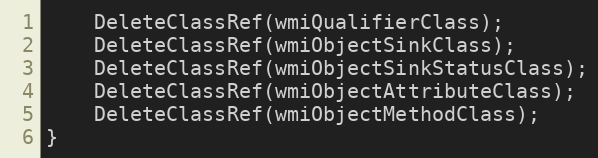
Language: C++
	DeleteClassRef(wmiQualifierClass);
	DeleteClassRef(wmiObjectSinkClass);
	DeleteClassRef(wmiObjectSinkStatusClass);
	DeleteClassRef(wmiObjectAttributeClass);
	DeleteClassRef(wmiObjectMethodClass);
}